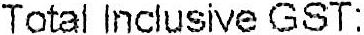
TOTAL INCLUSIVE GST: